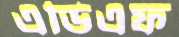
এডিএফ